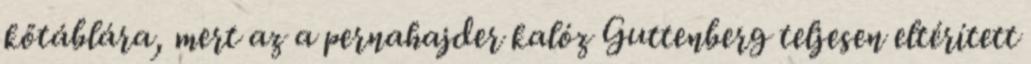
kőtáblára, mert az a pernahajder kalóz Guttenberg teljesen eltérített